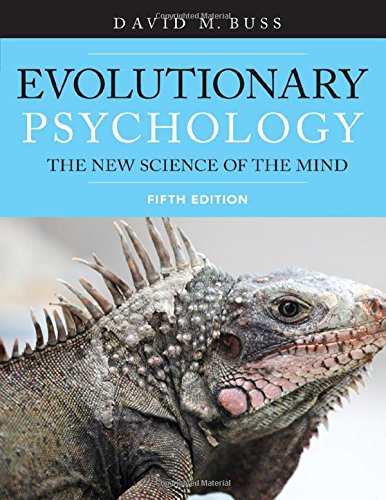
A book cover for Evolutionary Psychology: The New Science of the Mind, Fifth Edition; David Buss; Medical Books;